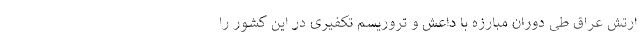
ارتش عراق طی دوران مبارزه با داعش و تروریسم تکفیری در این کشور را